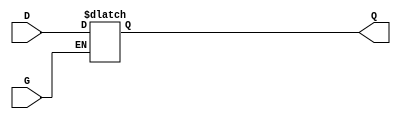
module async_gated_latch (
    input wire D,      // Data input
    input wire G,      // Gate/Enable signal
    output reg Q       // Stored output
);

    // Always block to model the behavior of the gated latch
    always @(*) begin
        if (G) begin
            Q <= D;    // When G is high, Q follows D
        end
        // When G is low, Q retains its previous value (no assignment needed)
    end

endmodule